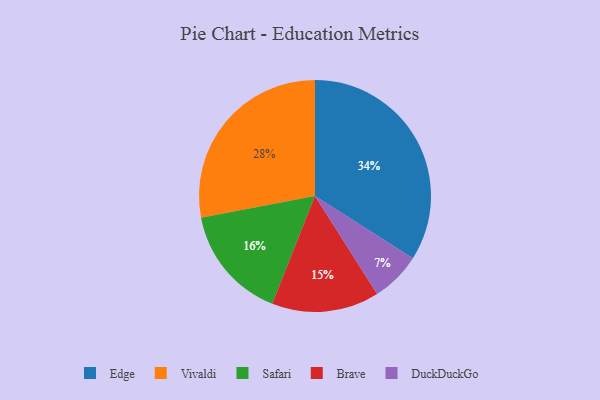
{"axis": {"x": "Category", "y": "Percentage"}, "legend": ["Brave", "DuckDuckGo", "Edge", "Safari", "Vivaldi"], "data": [{"x": "DuckDuckGo", "y": 7, "type": "DuckDuckGo"}, {"x": "Safari", "y": 16, "type": "Safari"}, {"x": "Vivaldi", "y": 28, "type": "Vivaldi"}, {"x": "Edge", "y": 34, "type": "Edge"}, {"x": "Brave", "y": 15, "type": "Brave"}]}